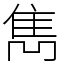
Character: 雋